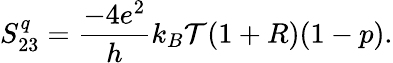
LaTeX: S_{23}^{q}=\frac{-4e^{2}}{h}k_{B}\mathcal{T}(1+R)(1-p).